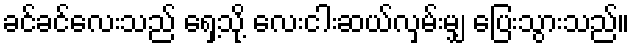
ခင်ခင်လေးသည် ရှေ့သို့ လေးငါးဆယ်လှမ်းမျှ ပြေးသွားသည်။